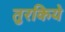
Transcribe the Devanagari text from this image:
तुरकिये